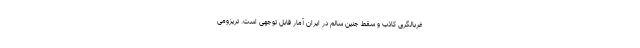
غربالگری کاذب و سقط جنین سالم در ایران آمار قابل توجهی است. تریزومی